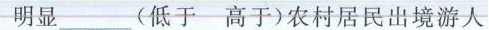
明显_(低于-高于)农村居民出境游人数。(2分(低于-高于)农村居民出境游人